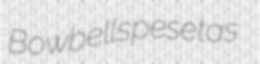
Bowbells pesetas